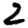
Digit: 2